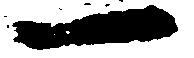
一